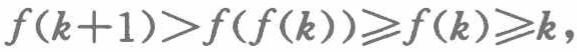
\[f(k + 1)>f(f(k))\geqslant f(k)\geqslant k,\]